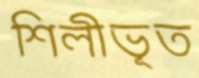
শিলীভূত